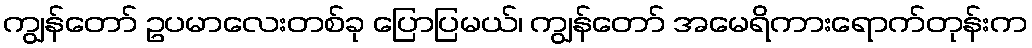
ကျွန်တော် ဥပမာလေးတစ်ခု ပြောပြမယ်၊ ကျွန်တော် အမေရိကားရောက်တုန်းက